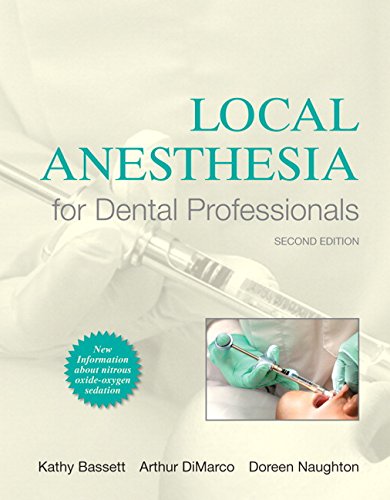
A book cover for Local Anesthesia for Dental Professionals (2nd Edition); Kathy Bassett; Medical Books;